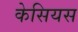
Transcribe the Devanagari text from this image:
केसियस